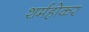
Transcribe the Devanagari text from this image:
शर्महोकर